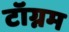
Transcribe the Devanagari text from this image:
टॉग्नम